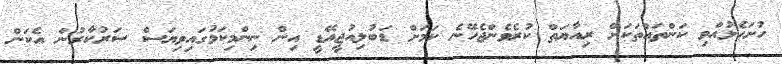
ހުށަހެޅުއްވި ކަންތައްތަކަށް ރިއާޔަތް ކުރެވެންޖެހޭނެ ކަމަށް ޑަބުލިއުޖީއޭޑީ އިން ނިންމިކަމުގައިވިޔަސް ސަރުކާރުން އެކަން